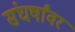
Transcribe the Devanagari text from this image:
संघर्षांवर